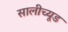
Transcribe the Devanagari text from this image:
सालीच्यूड